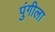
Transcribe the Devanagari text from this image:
पुंगीला